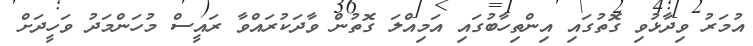
އުމަރު ވިދާޅުވި ގޮތުގައި އިންތިހާބުގައި އަމިއްލަ ގޮތުން ވާދަކުރައްވާ ރައީސް މުހަންމަދު ވަހީދަށް